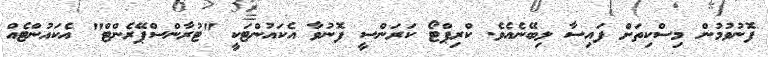
ފޮނުވުމުން މިސްކިތަށް ފައިސާ ލިބޭނެއެވެ. ކްރިޕްޓޯ ކަރަންސީ ފޮނުވާ އެކައުންޓަކީ "ޓުރާންސްޕޭރެންޓް" އެކައުންޓެއް